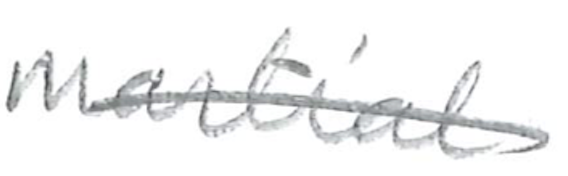
Text: martial
Cross-out: single-line
Writing tool: pencil